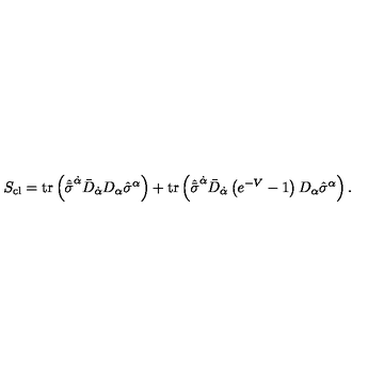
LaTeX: S _ { \mathrm { c l } } = \mathrm { t r } \left( \hat { \bar { \sigma } } ^ { \dot { \alpha } } \bar { D } _ { \dot { \alpha } } D _ { \alpha } \hat { \sigma } ^ { \alpha } \right) + \mathrm { t r } \left( { \hat { \bar { \sigma } } } ^ { \dot { \alpha } } \bar { D } _ { \dot { \alpha } } \left( e ^ { - V } - 1 \right) D _ { \alpha } { \hat { \sigma } } ^ { \alpha } \right) .